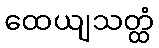
ထေယျသတ္ထံ